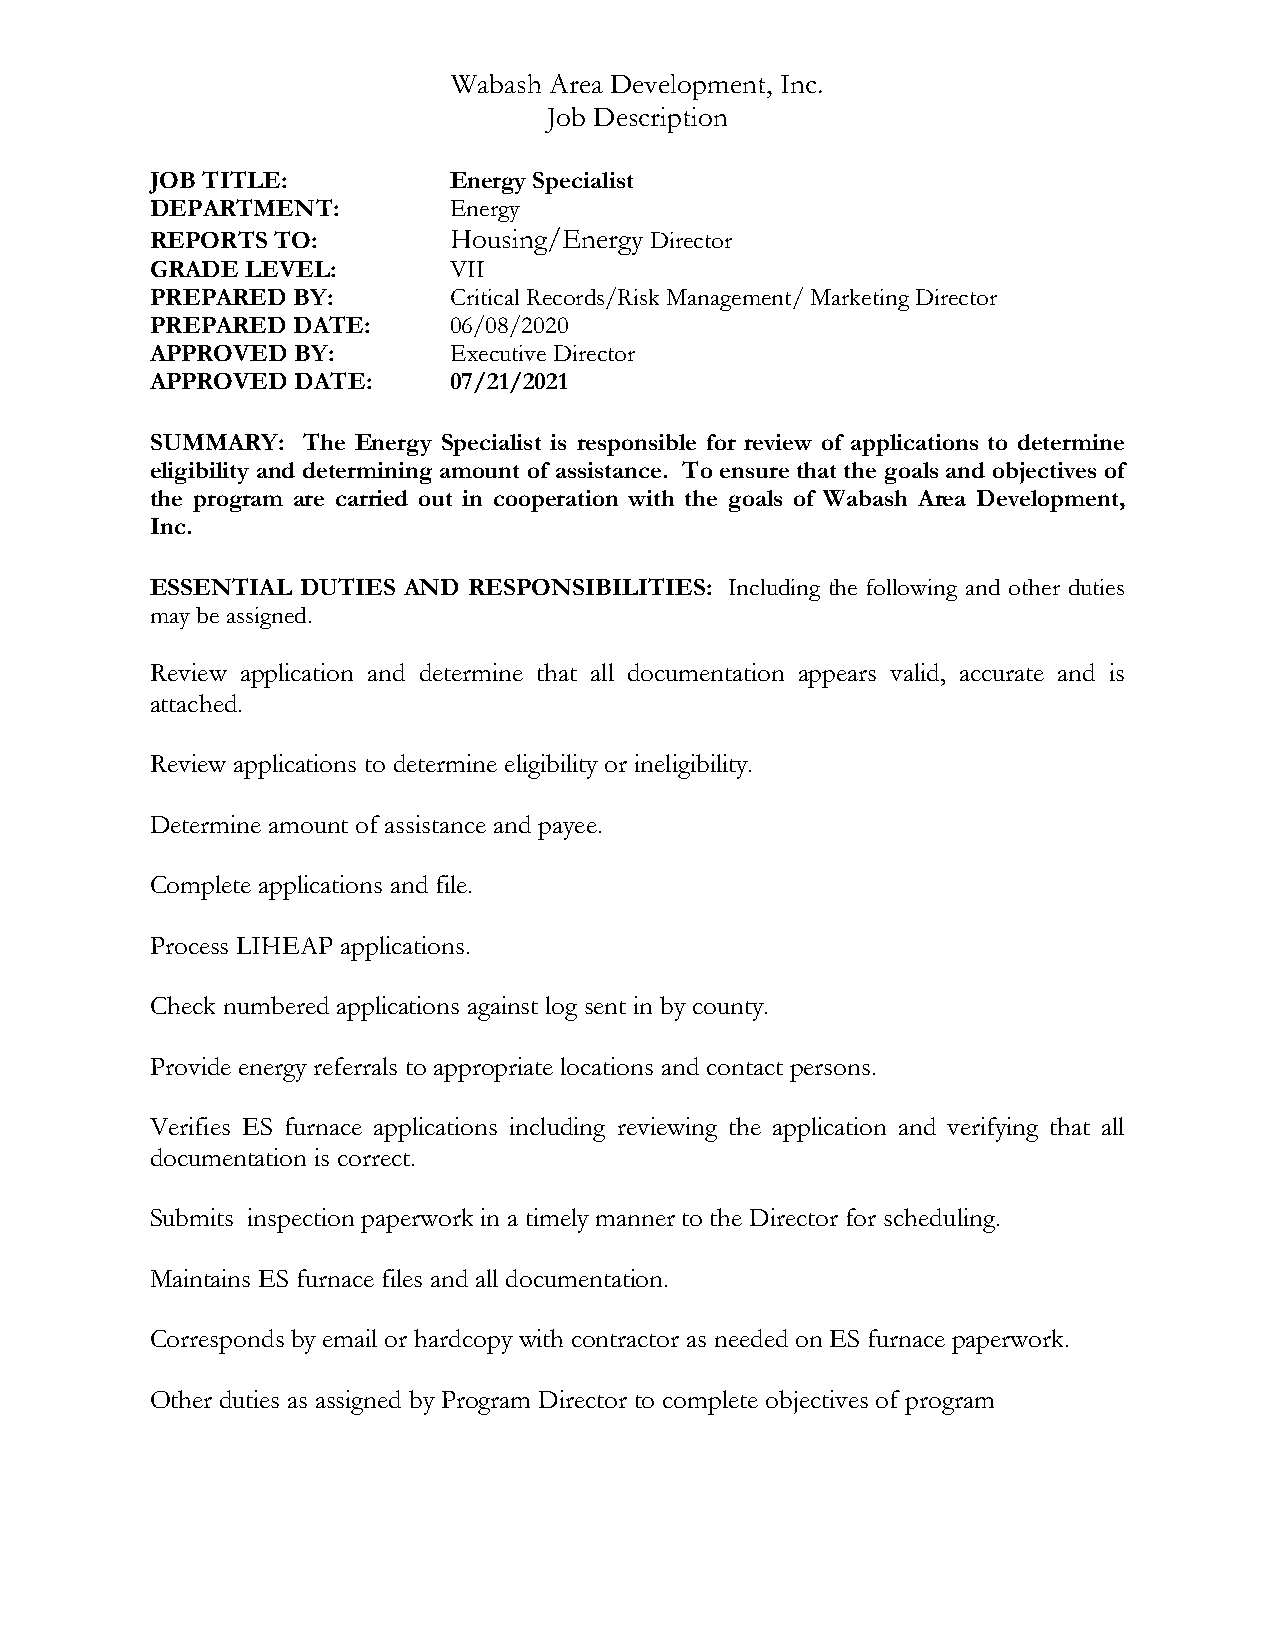
Wabash Area Development, Inc.
 Job Description
 JOB TITLE:          Energy Specialist
 DEPARTMENT:         Energy
 REPORTS TO:         Housing/Energy Director
 GRADE LEVEL:        VII
 PREPARED BY:        Critical Records/Risk Management/ Marketing Director
 PREPARED DATE:      06/08/2020
 APPROVED BY:        Executive Director
 APPROVED DATE:      07/21/2021
 SUMMARY:  The Energy Specialist is responsible for review of applications to determine
 eligibility and determining amount of assistance. To ensure that the goals and objectives of
 the program are carried out in cooperation with the goals of Wabash Area Development,
 Inc.
 ESSENTIAL DUTIES AND RESPONSIBILITIES: Including the following and other duties
 may be assigned.
 Review application and determine that all documentation appears valid, accurate and is
 attached.
 Review applications to determine eligibility or ineligibility.
 Determine amount of assistance and payee.
 Complete applications and file.
 Process LIHEAP applications.
 Check numbered applications against log sent in by county.
 Provide energy referrals to appropriate locations and contact persons.
 Verifies ES furnace applications including reviewing the application and verifying that all
 documentation is correct.
 Submits inspection paperwork in a timely manner to the Director for scheduling.
 Maintains ES furnace files and all documentation.
 Corresponds by email or hardcopy with contractor as needed on ES furnace paperwork.
 Other duties as assigned by Program Director to complete objectives of program